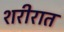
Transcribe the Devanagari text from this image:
शरीरात